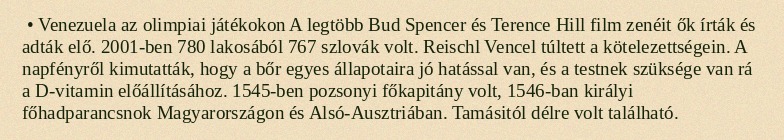
• Venezuela az olimpiai játékokon A legtöbb Bud Spencer és Terence Hill film zenéit ők írták és adták elő. 2001-ben 780 lakosából 767 szlovák volt. Reischl Vencel túltett a kötelezettségein. A napfényről kimutatták, hogy a bőr egyes állapotaira jó hatással van, és a testnek szüksége van rá a D-vitamin előállításához. 1545-ben pozsonyi főkapitány volt, 1546-ban királyi főhadparancsnok Magyarországon és Alsó-Ausztriában. Tamásitól délre volt található.